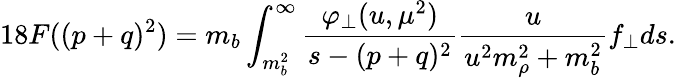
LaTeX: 18F((p+q)^{2})=m_{b}\int_{m_{b}^{2}}^{\infty}\frac{\varphi_{\perp}(u,\mu^{2})}{s-(p+q)^{2}}\frac{u}{u^{2}m_{\rho}^{2}+m_{b}^{2}}f_{\perp}ds.